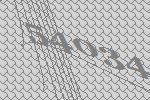
54034